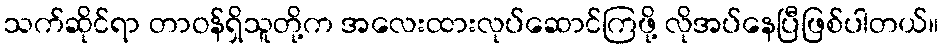
သက်ဆိုင်ရာ တာဝန်ရှိသူတို့က အလေးထားလုပ်ဆောင်ကြဖို့ လိုအပ်နေပြီဖြစ်ပါတယ်။